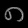
Digit: ၈